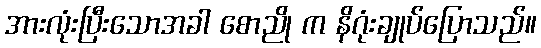
အားလုံးပြီးသောအခါ စောညို က နိဂုံးချုပ်ပြောသည်။